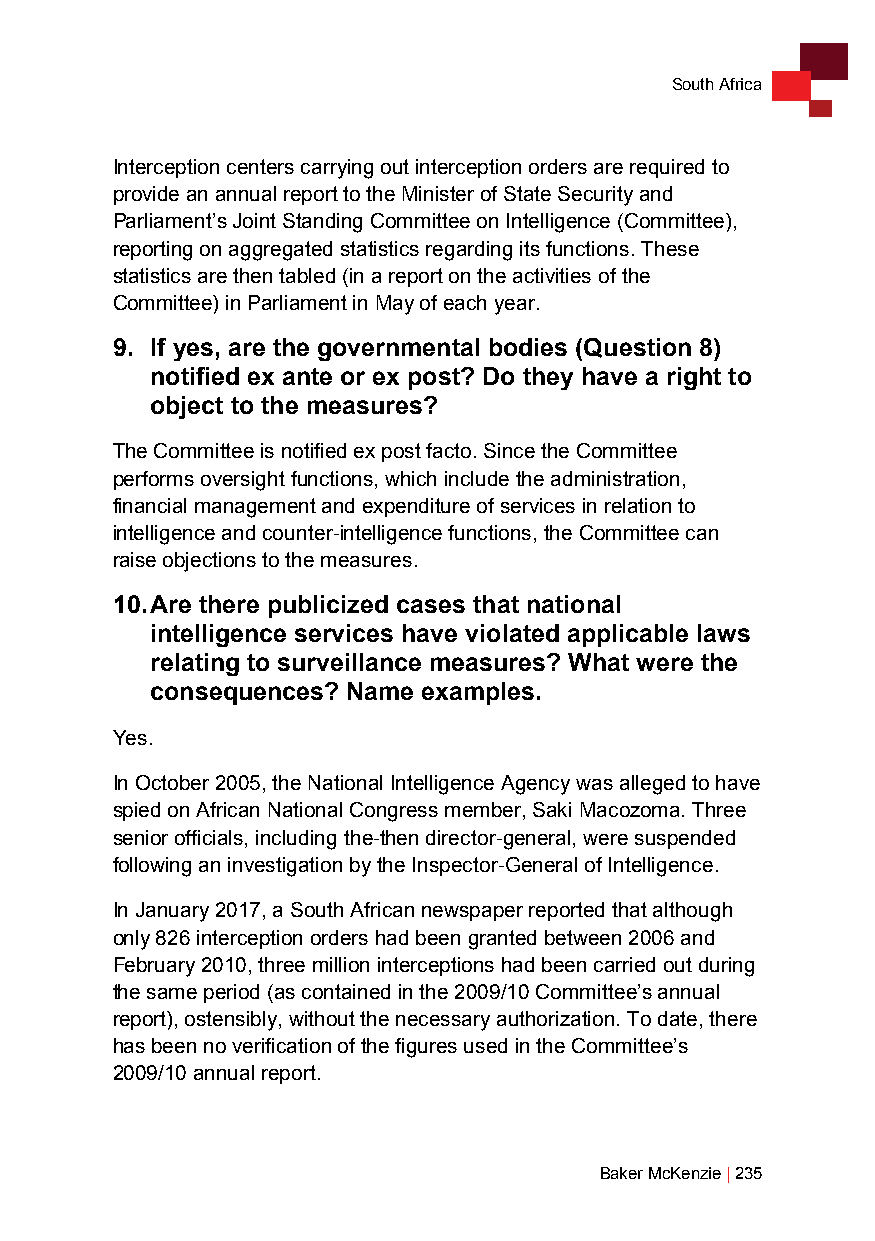
South Africa
 Interception centers carrying out interception orders are required to
 provide an annual report to the Minister of State Security and
 Parliament’s Joint Standing Committee on Intelligence (Committee),
 reporting on aggregated statistics regarding its functions. These
 statistics are then tabled (in a report on the activities of the
 Committee) in Parliament in May of each year.
 9. If yes, are the governmental bodies (Question 8)
 notified ex ante or ex post? Do they have a right to
 object to the measures?
 The Committee is notified ex post facto. Since the Committee
 performs oversight functions, which include the administration,
 financial management and expenditure of services in relation to
 intelligence and counter-intelligence functions, the Committee can
 raise objections to the measures.
 10. Are there publicized cases that national
 intelligence services have violated applicable laws
 relating to surveillance measures? What were the
 consequences? Name examples.
 Yes.
 In October 2005, the National Intelligence Agency was alleged to have
 spied on African National Congress member, Saki Macozoma. Three
 senior officials, including the-then director-general, were suspended
 following an investigation by the Inspector-General of Intelligence.
 In January 2017, a South African newspaper reported that although
 only 826 interception orders had been granted between 2006 and
 February 2010, three million interceptions had been carried out during
 the same period (as contained in the 2009/10 Committee’s annual
 report), ostensibly, without the necessary authorization. To date, there
 has been no verification of the figures used in the Committee’s
 2009/10 annual report.
 Baker McKenzie | 235